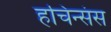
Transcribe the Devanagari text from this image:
हचिन्संस